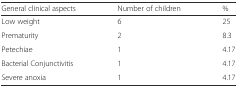
| General clinical aspects | Number of children | % |
 | --- | --- | --- |
 | Low weight | 6 | 25 |
 | Prematurity | 2 | 8.3 |
 | Petechiae | 1 | 4.17 |
 | Bacterial Conjunctivitis | 1 | 4.17 |
 | Severe anoxia | 1 | 4.17 |